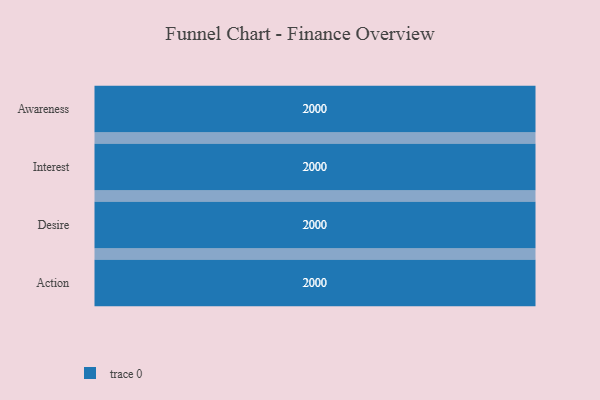
{"axis": {"x": "Stage", "y": "Value"}, "legend": [""], "data": [{"x": "Awareness", "y": 2000, "type": ""}, {"x": "Interest", "y": 2000, "type": ""}, {"x": "Desire", "y": 2000, "type": ""}, {"x": "Action", "y": 2000, "type": ""}]}